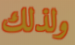
ولذلك